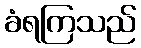
ခံရကြသည်